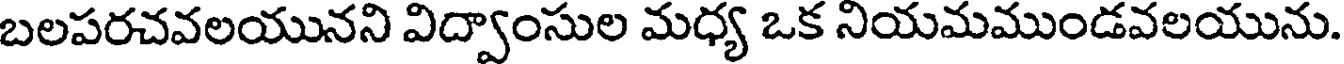
బలపరచవలయునని విద్వాంసుల మధ్య ఒక నియమముండవలయును.